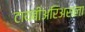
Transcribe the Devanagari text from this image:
टायबीअरिअसला